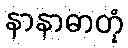
နာနာဓာတုံ